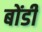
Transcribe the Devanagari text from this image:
बोंडी